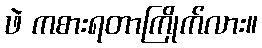
ဖဲ ကစားရတာကြိုက်လား။